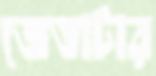
জেতাটার